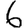
Digit: 6